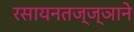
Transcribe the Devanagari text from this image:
रसायनतज्ज्ञाने